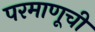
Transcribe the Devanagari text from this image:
परमाणूची